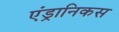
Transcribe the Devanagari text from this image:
एंड्रानिकस